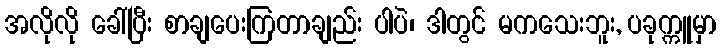
အလိုလို ခေါ်ပြီး စာချပေးကြတာချည်း ပါပဲ၊ ဒါတွင် မကသေးဘူး, ပခုက္ကူမှာ